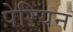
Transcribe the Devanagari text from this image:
पेरियन